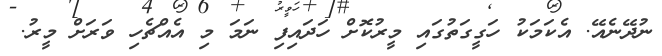
ނުދޭނެއޭ. އެކަމަކު ހަގީގަތުގައި މީރުކޮށް ހަދައިފި ނަމަ މި އެއްޗެހި ވަރަށް މީރު.